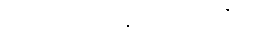
သဟ သဗ္ဗေဟိ ဉာတိဘိ။